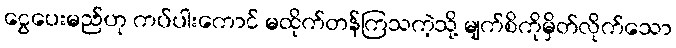
ငွေပေးမည်ဟု ကပ်ပါးကောင် မထိုက်တန်ကြသကဲ့သို့ မျက်စိကိုမှိတ်လိုက်သော